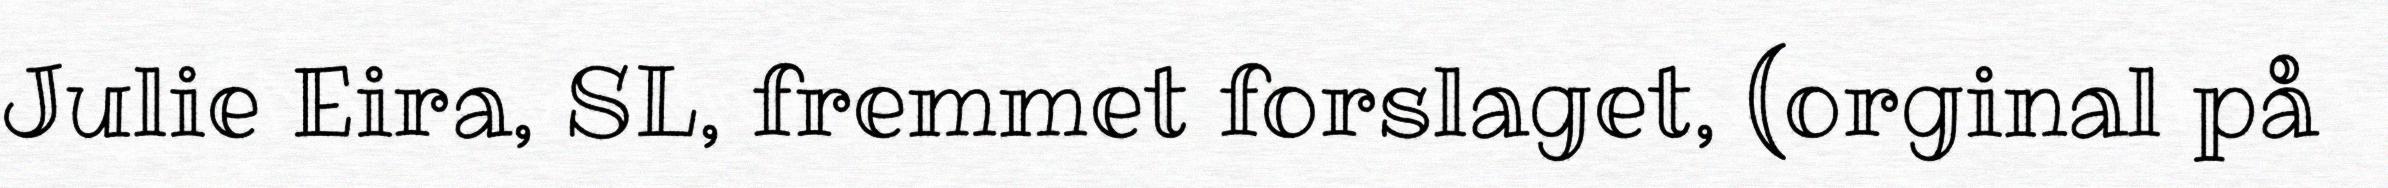
Julie Eira, SL, fremmet forslaget, (orginal på